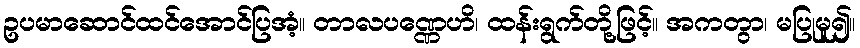
ဥပမာဆောင်ထင်အောင်ပြအံ့။ တာလပဏ္ဏေဟိ၊ ထန်းရွက်တို့ဖြင့်။ အကတွာ၊ မပြုမူ၍။